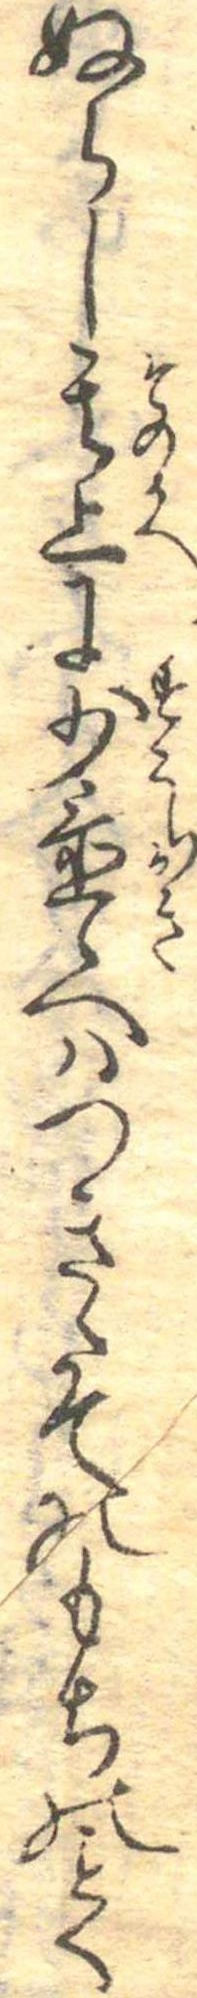
ぬらし其上に少置候へはつきたてのもちのく